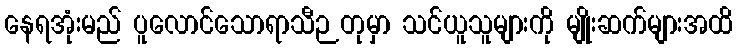
နေရအုံးမည် ပူလောင်သောရာသီဉတုမှာ သင်ယူသူများကို မျိုးဆက်များအထိ